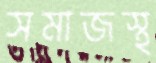
সমাজস্থ